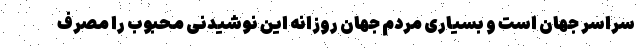
سراسر جهان است و بسیاری مردم جهان روزانه این نوشیدنی محبوب را مصرف